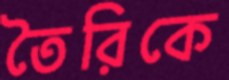
তৈরিকে